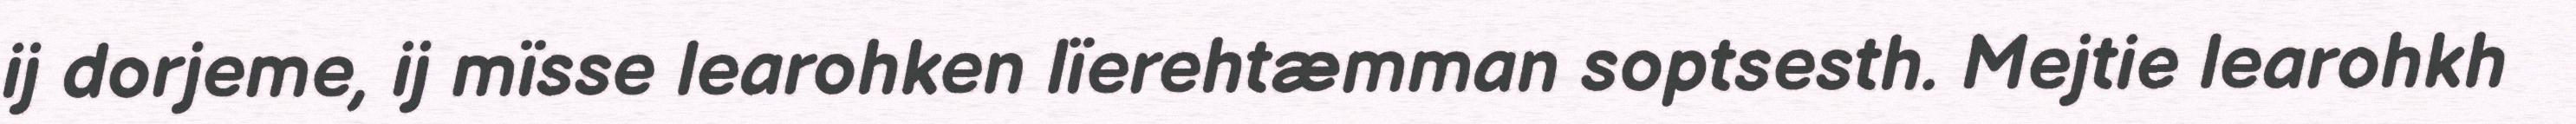
ij dorjeme, ij mïsse learohken lïerehtæmman soptsesth. Mejtie learohkh